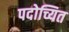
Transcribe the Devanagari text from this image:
पदोच्यित